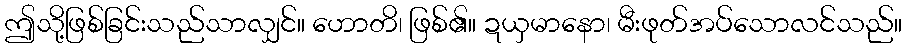
ဤသို့ဖြစ်ခြင်းသည်သာလျှင်။ ဟောတိ၊ ဖြစ်၏။ ဍယှမာနော၊ မီးဖုတ်အပ်သောလင်သည်။